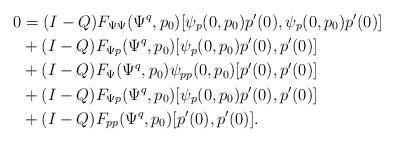
LaTeX: \begin{align*}0 &= (I-Q) F_{\Psi\Psi}(\Psi^q,p_0)[\psi_p(0,p_0)p'(0),\psi_p(0,p_0)p'(0)]\\&+ (I-Q) F_{\Psi p}(\Psi^q,p_0)[\psi_p(0,p_0)p'(0), p'(0)]\\&+ (I-Q) F_\Psi(\Psi^q,p_0)\psi_{pp}(0,p_0)[p'(0), p'(0)]\\&+ (I-Q) F_{\Psi p}(\Psi^q,p_0)[\psi_p(0,p_0)p'(0), p'(0)]\\&+ (I-Q) F_{pp}(\Psi^q, p_0)[p'(0), p'(0)].\end{align*}